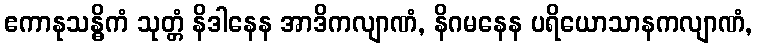
ဧကာနုသန္ဓိကံ သုတ္တံ နိဒါနေန အာဒိကလျာဏံ, နိဂမနေန ပရိယောသာနကလျာဏံ,